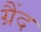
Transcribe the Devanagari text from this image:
ग्रैंद